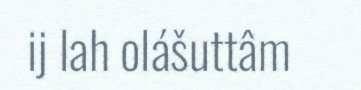
ij lah olášuttâm